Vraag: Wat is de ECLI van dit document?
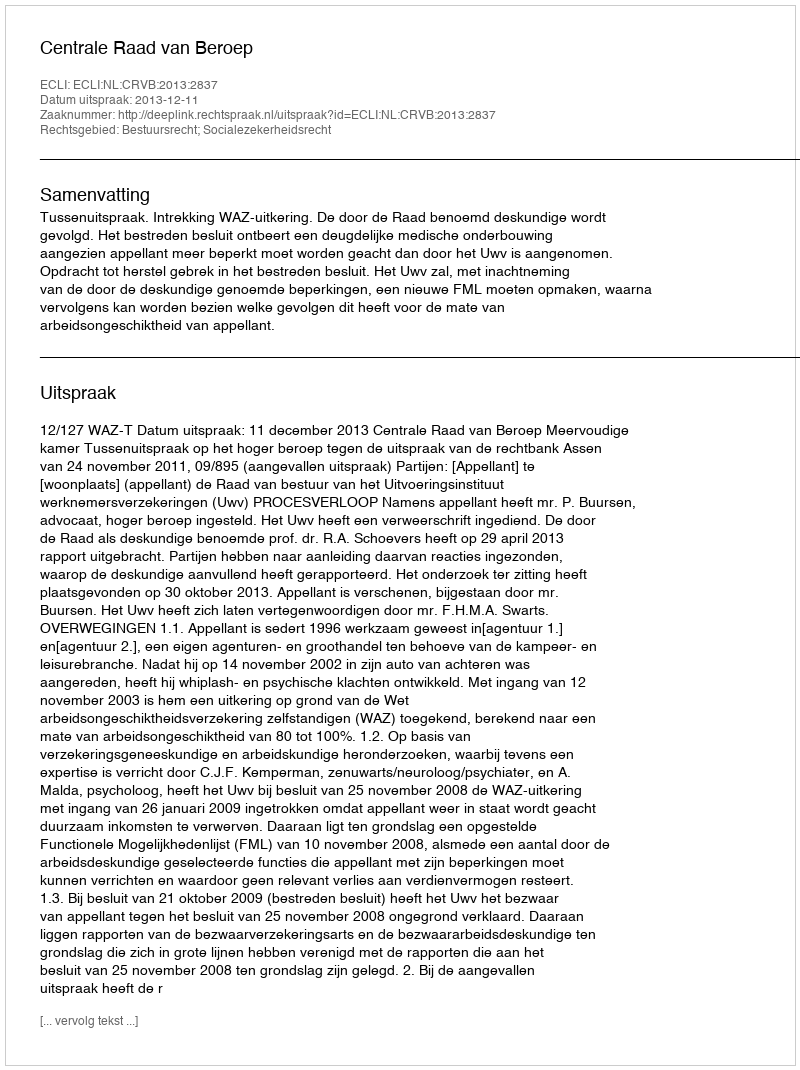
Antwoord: ECLI:NL:CRVB:2013:2837